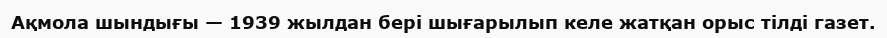
Ақмола шындығы — 1939 жылдан бері шығарылып келе жатқан орыс тілді газет.